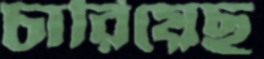
চারিয়েছ